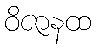
ဝိဇာနထ